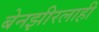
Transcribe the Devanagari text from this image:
बेनझीरलाही